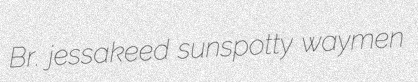
Br. jessakeed sunspotty waymen